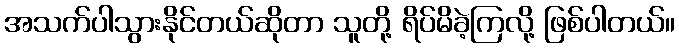
အသက်ပါသွားနိုင်တယ်ဆိုတာ သူတို့ ရိပ်မိခဲ့ကြလို့ ဖြစ်ပါတယ်။